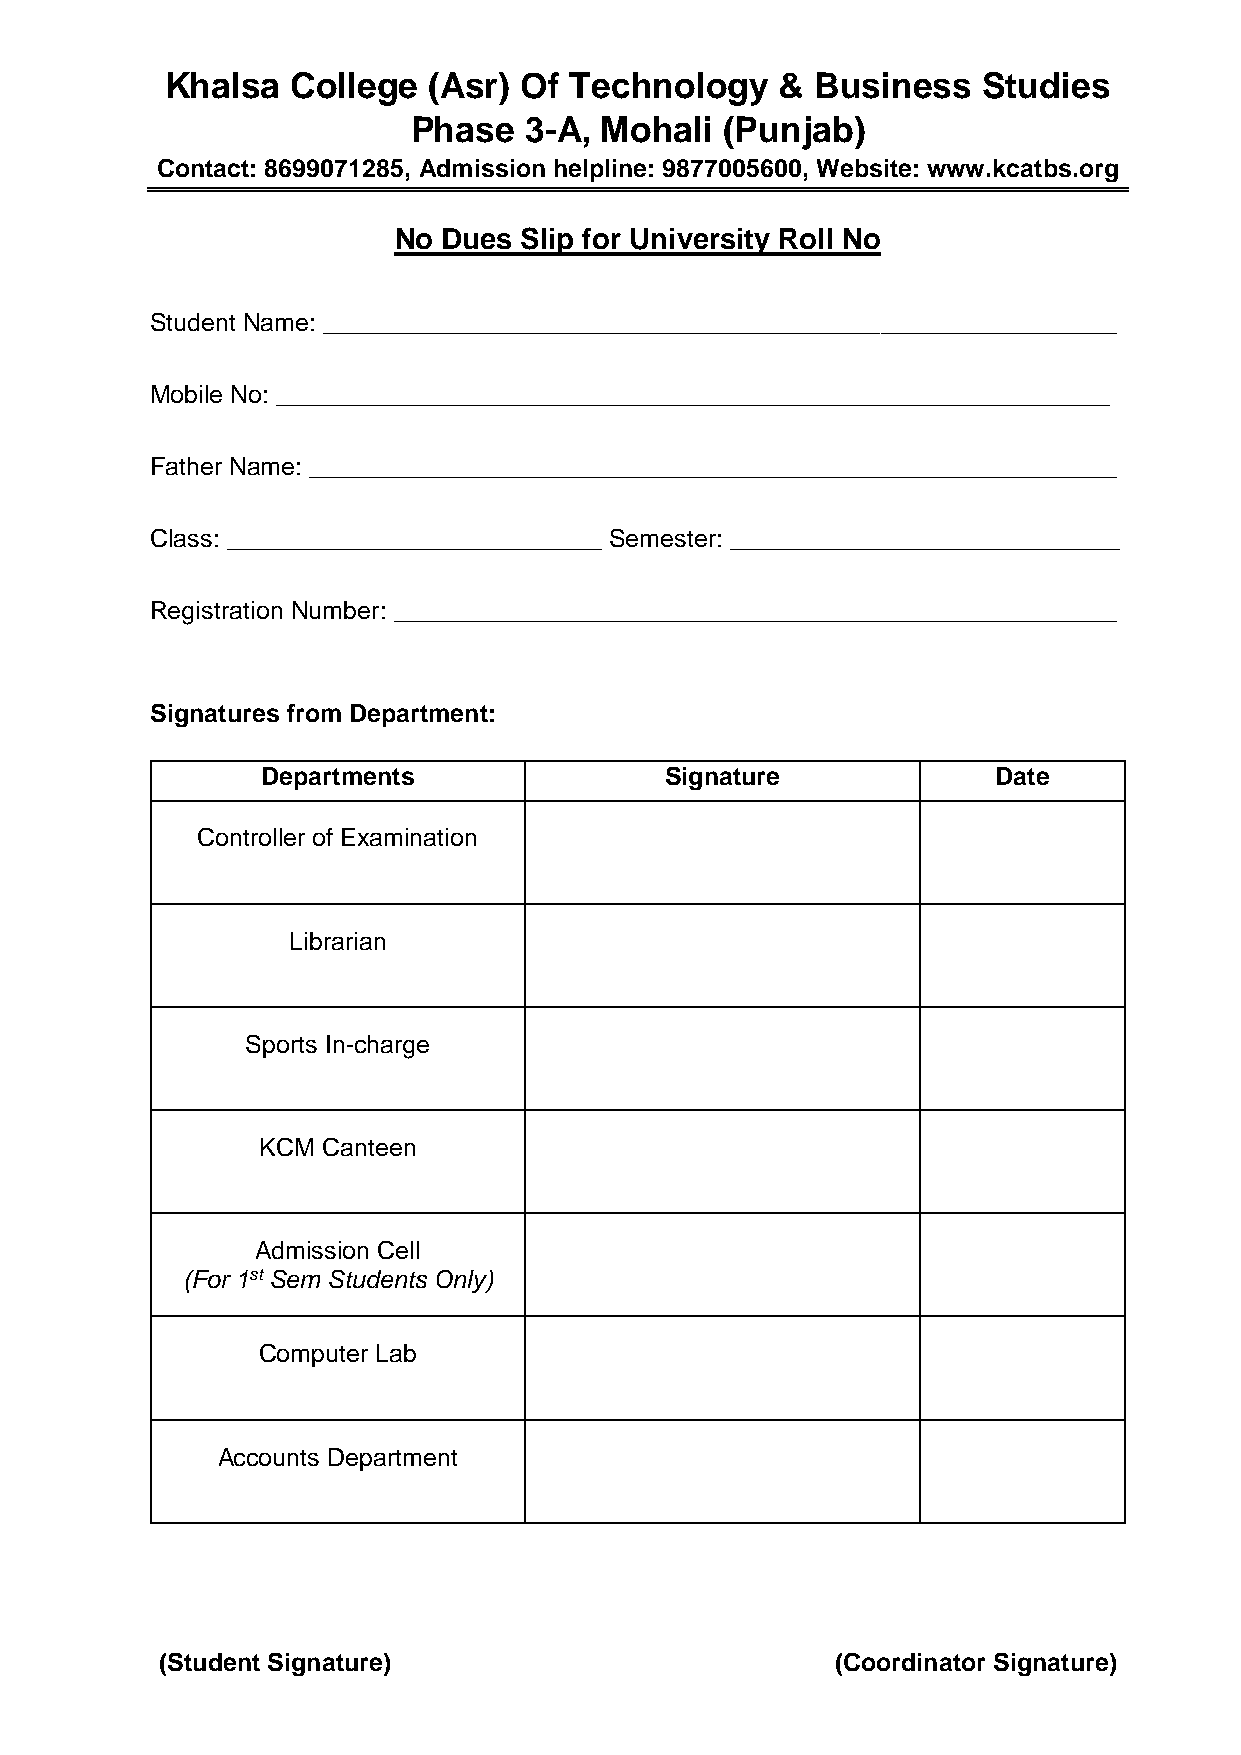
Khalsa  College  (Asr) Of  Technology    & Business   Studies
 Phase   3-A, Mohali  (Punjab)
 Contact: 8699071285, Admission helpline: 9877005600, Website: www.kcatbs.org
 No Dues Slip for University Roll No
 Student Name: _________________________________________________________
 Mobile No: ____________________________________________________________
 Father Name: __________________________________________________________
 Class: ___________________________ Semester: ____________________________
 Registration Number: ____________________________________________________
 Signatures from Department:
 Departments                Signature             Date
 Controller of Examination
 Librarian
 Sports In-charge
 KCM Canteen
 Admission Cell
 (For 1st Sem Students Only)
 Computer Lab
 Accounts Department
 (Student Signature)                         (Coordinator Signature)